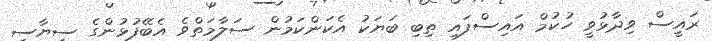
ރައީސް ވިދާޅުވީ ހުކުމް އަައިސްފައި ތިބި ބަޔަކު އެކަންކަމުން ސަލާމަތްވެ އެބޭފުޅުންގެ ސިޔާސީ